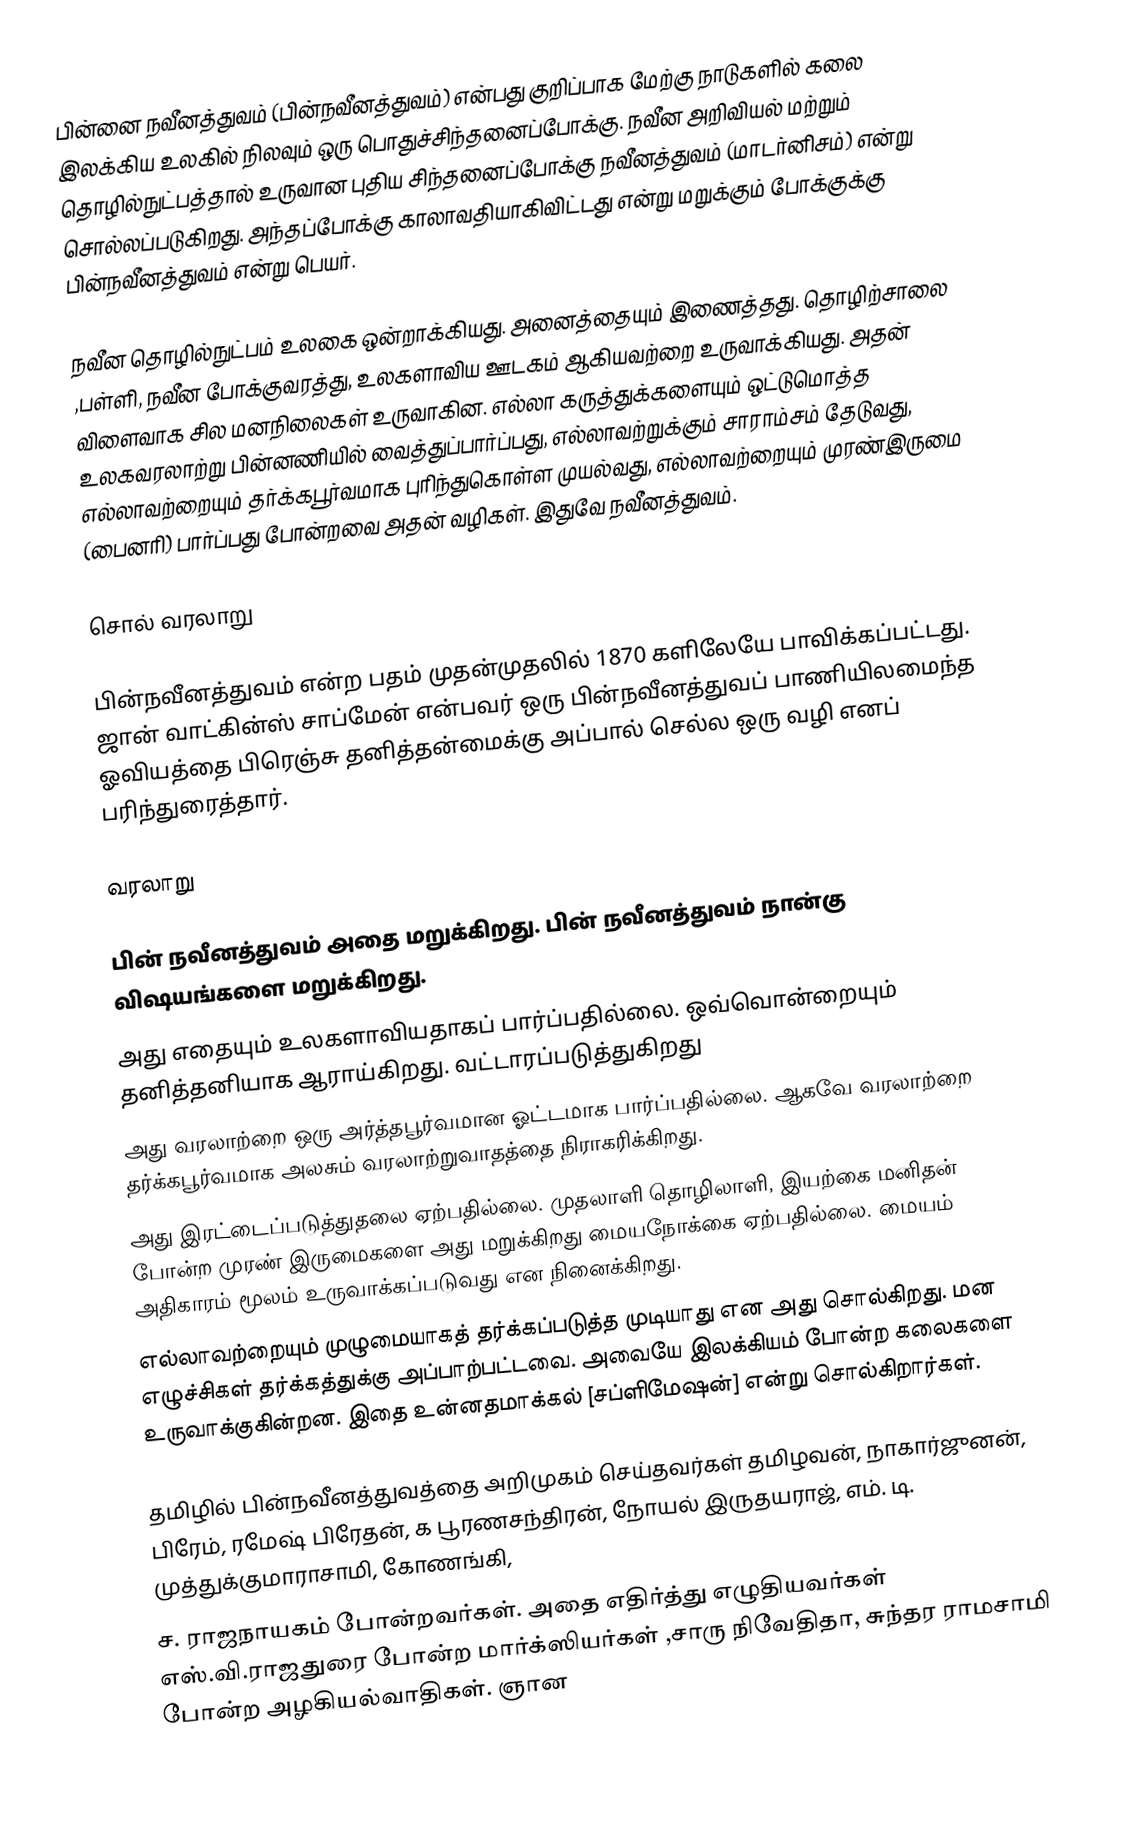
பின்னை நவீனத்துவம் (பின்நவீனத்துவம்) என்பது குறிப்பாக மேற்கு நாடுகளில் கலை இலக்கிய உலகில் நிலவும் ஒரு பொதுச்சிந்தனைப்போக்கு. நவீன அறிவியல் மற்றும் தொழில்நுட்பத்தால் உருவான புதிய சிந்தனைப்போக்கு நவீனத்துவம் (மாடர்னிசம்) என்று சொல்லப்படுகிறது. அந்தப்போக்கு காலாவதியாகிவிட்டது என்று மறுக்கும் போக்குக்கு பின்நவீனத்துவம் என்று பெயர்.

நவீன தொழில்நுட்பம் உலகை ஒன்றாக்கியது. அனைத்தையும் இணைத்தது. தொழிற்சாலை ,பள்ளி, நவீன போக்குவரத்து, உலகளாவிய ஊடகம் ஆகியவற்றை உருவாக்கியது. அதன் விளைவாக சில மனநிலைகள் உருவாகின. எல்லா கருத்துக்களையும் ஒட்டுமொத்த உலகவரலாற்று பின்னணியில் வைத்துப்பார்ப்பது, எல்லாவற்றுக்கும் சாராம்சம் தேடுவது, எல்லாவற்றையும் தர்க்கபூர்வமாக புரிந்துகொள்ள முயல்வது, எல்லாவற்றையும் முரண்இருமை (பைனரி) பார்ப்பது போன்றவை அதன் வழிகள். இதுவே நவீனத்துவம்.

சொல் வரலாறு

பின்நவீனத்துவம் என்ற பதம் முதன்முதலில் 1870 களிலேயே பாவிக்கப்பட்டது. ஜான் வாட்கின்ஸ் சாப்மேன் என்பவர் ஒரு பின்நவீனத்துவப் பாணியிலமைந்த ஓவியத்தை பிரெஞ்சு தனித்தன்மைக்கு அப்பால் செல்ல ஒரு வழி எனப் பரிந்துரைத்தார்.

வரலாறு

பின் நவீனத்துவம் அதை மறுக்கிறது. பின் நவீனத்துவம் நான்கு விஷயங்களை மறுக்கிறது.
 அது எதையும் உலகளாவியதாகப் பார்ப்பதில்லை. ஒவ்வொன்றையும் தனித்தனியாக ஆராய்கிறது. வட்டாரப்படுத்துகிறது
 அது வரலாற்றை ஒரு அர்த்தபூர்வமான ஓட்டமாக பார்ப்பதில்லை. ஆகவே வரலாற்றை தர்க்கபூர்வமாக அலசும் வரலாற்றுவாதத்தை நிராகரிக்கிறது.
 அது இரட்டைப்படுத்துதலை ஏற்பதில்லை. முதலாளி தொழிலாளி, இயற்கை மனிதன் போன்ற முரண் இருமைகளை அது மறுக்கிறது மையநோக்கை ஏற்பதில்லை. மையம் அதிகாரம் மூலம் உருவாக்கப்படுவது என நினைக்கிறது.
 எல்லாவற்றையும் முழுமையாகத் தர்க்கப்படுத்த முடியாது என அது சொல்கிறது. மன எழுச்சிகள் தர்க்கத்துக்கு அப்பாற்பட்டவை. அவையே இலக்கியம் போன்ற கலைகளை உருவாக்குகின்றன. இதை உன்னதமாக்கல் [சப்ளிமேஷன்] என்று சொல்கிறார்கள்.

தமிழில் பின்நவீனத்துவத்தை அறிமுகம் செய்தவர்கள் தமிழவன், நாகார்ஜுனன், பிரேம், ரமேஷ் பிரேதன், க பூரணசந்திரன், நோயல் இருதயராஜ், எம். டி. முத்துக்குமாராசாமி, கோணங்கி,
ச. ராஜநாயகம் போன்றவர்கள். அதை எதிர்த்து எழுதியவர்கள் எஸ்.வி.ராஜதுரை போன்ற மார்க்ஸியர்கள் ,சாரு நிவேதிதா, சுந்தர ராமசாமி போன்ற அழகியல்வாதிகள். ஞான